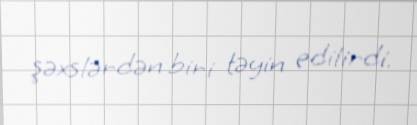
şəxslərdən biri təyin edilirdi.